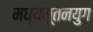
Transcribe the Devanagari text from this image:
मध्यनूतनयुग